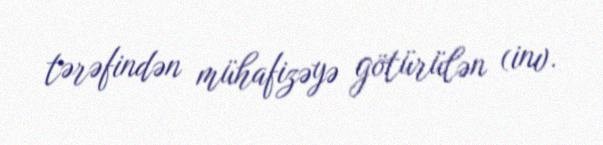
tərəfindən mühafizəyə götürülən (inv.